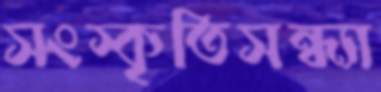
সংস্কৃতিসন্ধ্যা